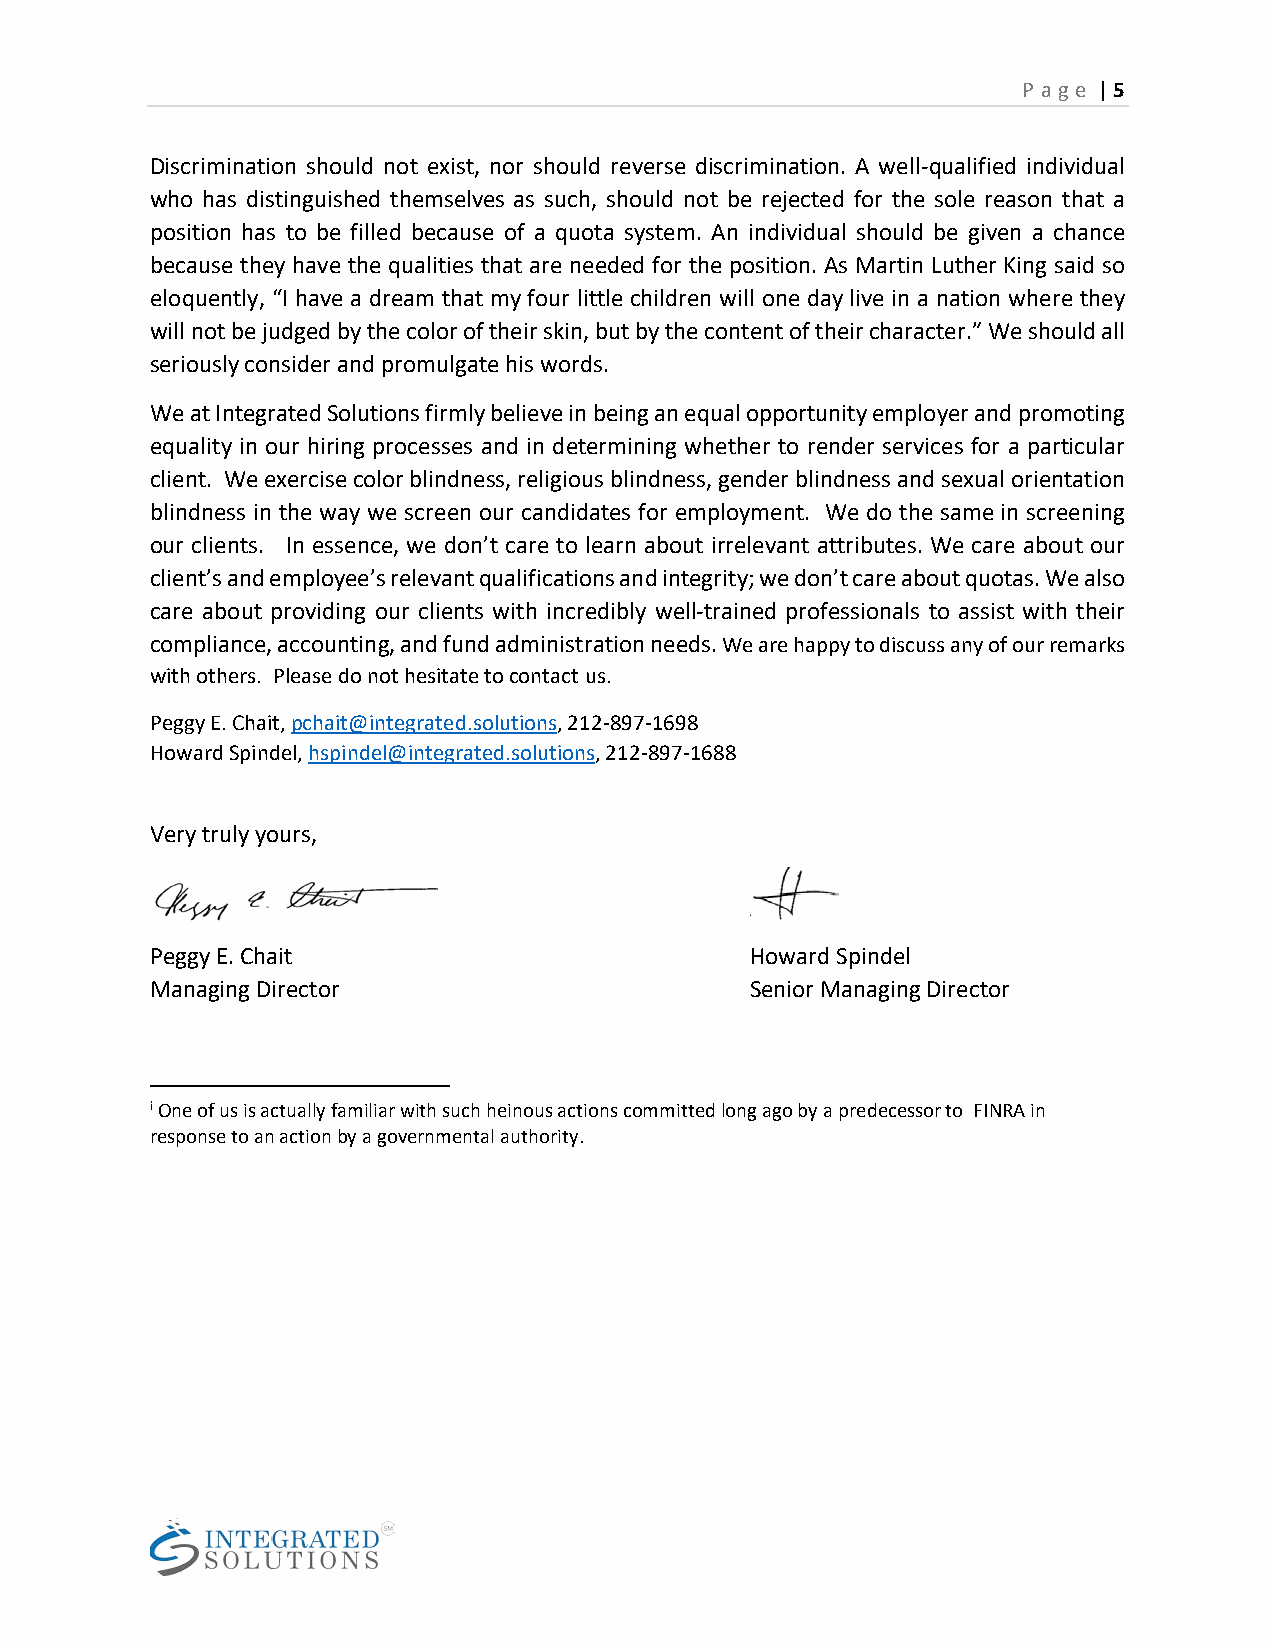
P a ge | 5
 Discrimination should not exist, nor should reverse discrimination. A well-qualified individual
 who has distinguished themselves as such, should not be rejected for the sole reason that a
 position has to be filled because of a quota system. An individual should be given a chance
 because they have the qualities that are needed for the position. As Martin Luther King said so
 eloquently, “I have a dream that my four little children will one day live in a nation where they
 will not be judged by the color of their skin, but by the content of their character.” We should all
 seriously consider and promulgate his words.
 We at Integrated Solutions firmly believe in being an equal opportunity employer and promoting
 equality in our hiring processes and in determining whether to render services for a particular
 client. We exercise color blindness, religious blindness, gender blindness and sexual orientation
 blindness in the way we screen our candidates for employment. We do the same in screening
 our clients. In essence, we don’t care to learn about irrelevant attributes. We care about our
 client’s and employee’s relevant qualifications and integrity; we don’t care about quotas. We also
 care about providing our clients with incredibly well-trained professionals to assist with their
 compliance, accounting, and fund administration needs. We are happy to discuss any of our remarks
 with others. Please do not hesitate to contact us.
 Peggy E. Chait, pchait@integrated.solutions, 212-897-1698
 Howard Spindel, hspindel@integrated.solutions, 212-897-1688
 Very truly yours,
 Peggy E. Chait                          Howard Spindel
 Managing Director                       Senior Managing Director
 i One of us is actually familiar with such heinous actions committed long ago by a predecessor to FINRA in
 response to an action by a governmental authority.